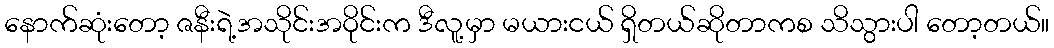
နောက်ဆုံးတော့ ဇနီးရဲ့အသိုင်းအဝိုင်းက ဒီလူ့မှာ မယားငယ် ရှိတယ်ဆိုတာကစ သိသွားပါ တော့တယ်။